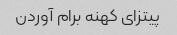
پیتزای کهنه برام آوردن